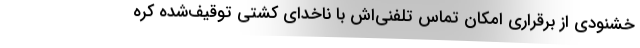
خشنودی از برقراری امکان تماس تلفنی‌اش با ناخدای کشتی توقیف‌شده کره